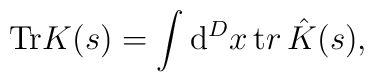
{\mathrm{Tr}} K (s)  =\int {\mathrm d}^D  x \,   	{\mathrm tr}\,  \hat{K} (s),